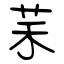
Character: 䒩